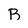
Character: B